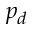
p _ { d }